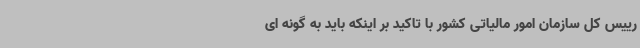
رییس کل سازمان امور مالیاتی کشور با تاکید بر اینکه باید به گونه ای